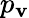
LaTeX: p_{\mathbf{v}}